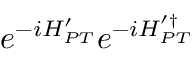
e ^ { - i H _ { P T } ^ { \prime } } e ^ { - i H _ { P T } ^ { \prime \dagger } }